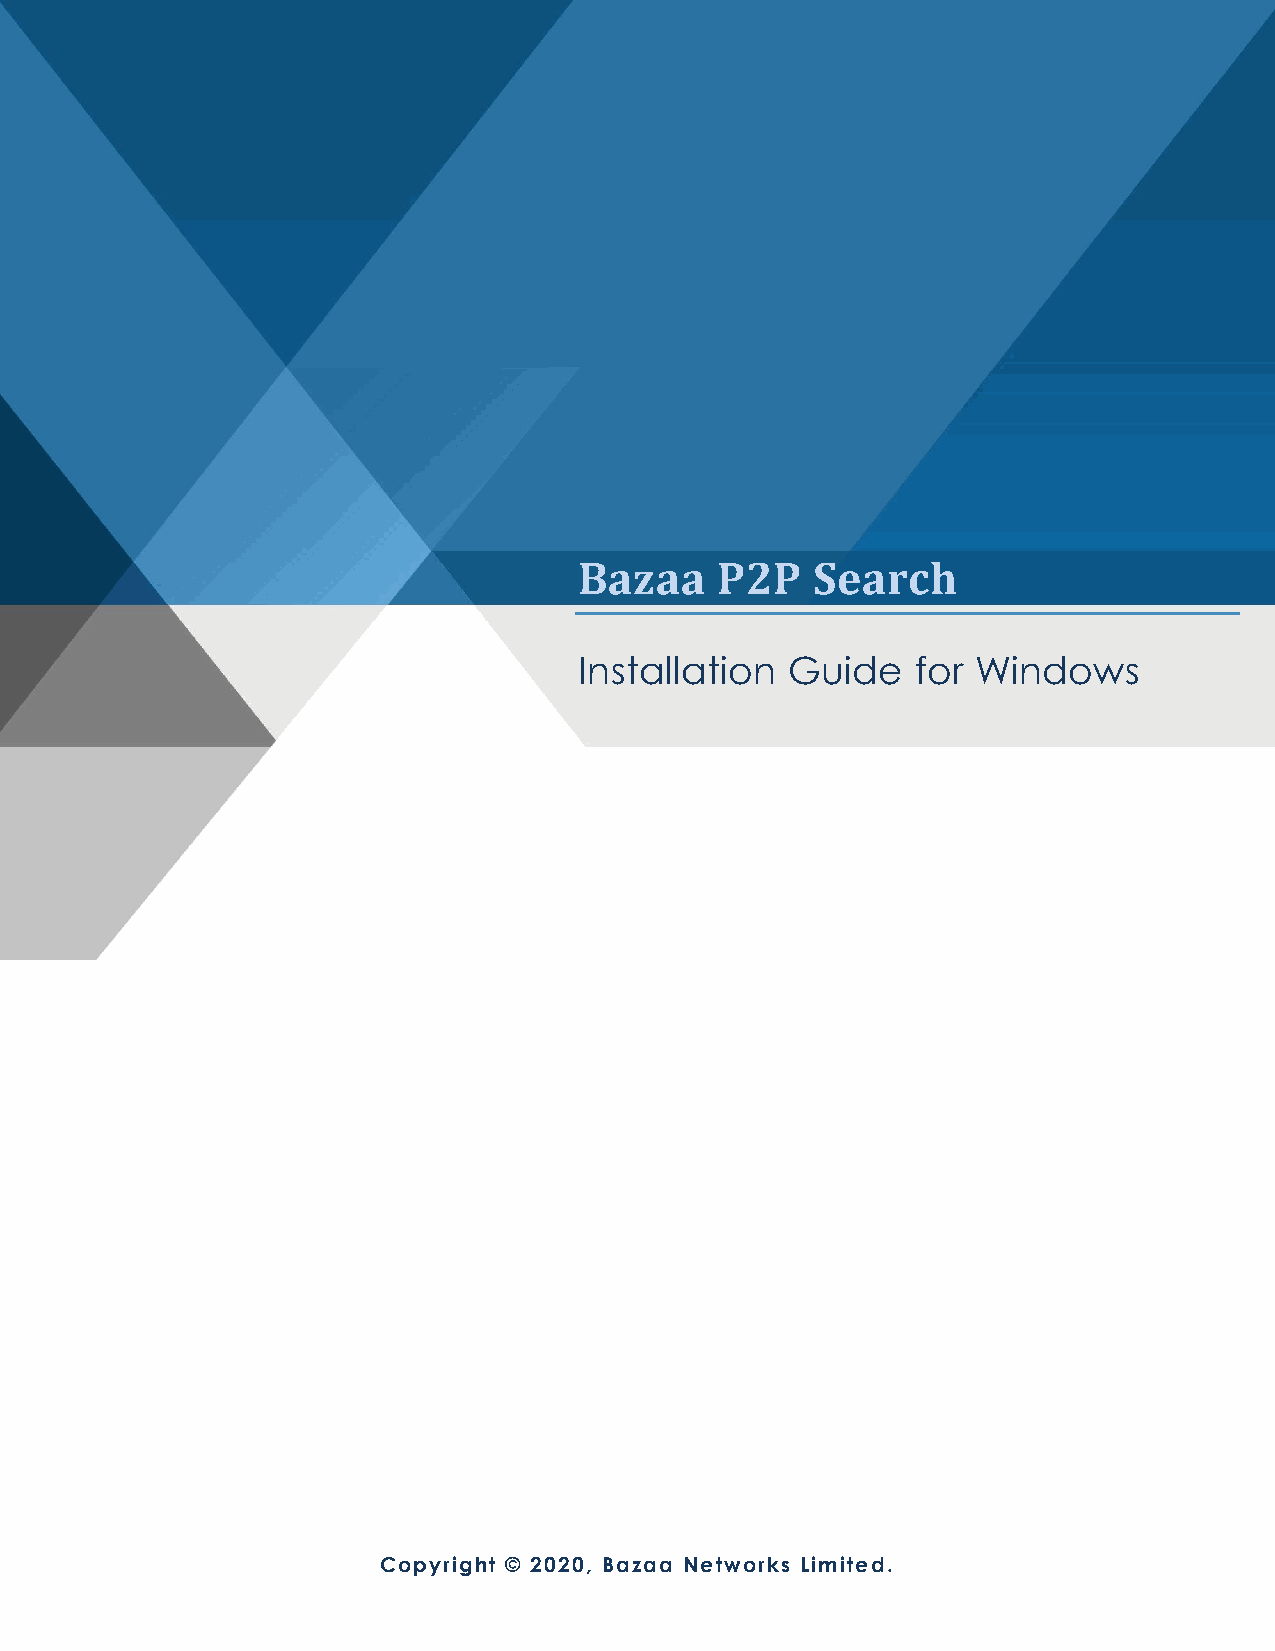
Bazaa    P2P    Search
 Installation  Guide    for Windows
 Copyright © 2020, Bazaa Networks Limited.